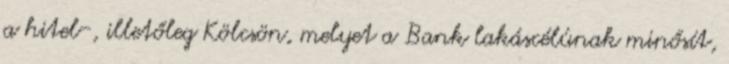
a hitel-, illetőleg Kölcsön, melyet a Bank lakáscélúnak minősít,